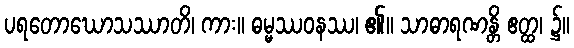
ပရတောဃောသဿာတိ၊ ကား။ ဓမ္မဿဝနဿ၊ ၏။ သာဓာရဏန္တိ ဧတ္ထ၊ ၌။